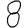
Digit: 8